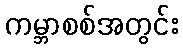
ကမ္ဘာစစ်အတွင်း